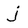
Character: j